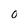
Character: O